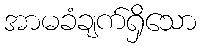
အာမခံချက်ရှိသော